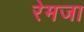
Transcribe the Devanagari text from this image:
रेमजा